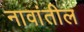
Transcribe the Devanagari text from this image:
नावांतील